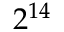
2 ^ { 1 4 }